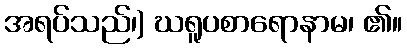
အရပ်သည်၊) ဃရူပစာရောနာမ၊ ၏။